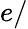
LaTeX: e/